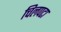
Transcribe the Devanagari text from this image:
चिलपटा